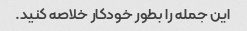
این جمله را بطور خودکار خلاصه کنید.